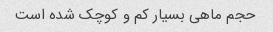
حجم ماهی بسیار کم و کوچک شده است